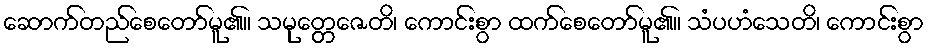
ဆောက်တည်စေတော်မူ၏။ သမုတ္တေဇေတိ၊ ကောင်းစွာ ထက်စေတော်မူ၏။ သံပဟံသေတိ၊ ကောင်းစွာ